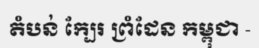
តំបន់ ក្បែរ ព្រំដែន កម្ពុជា -